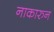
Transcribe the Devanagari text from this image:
नाकारुन